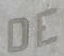
DE